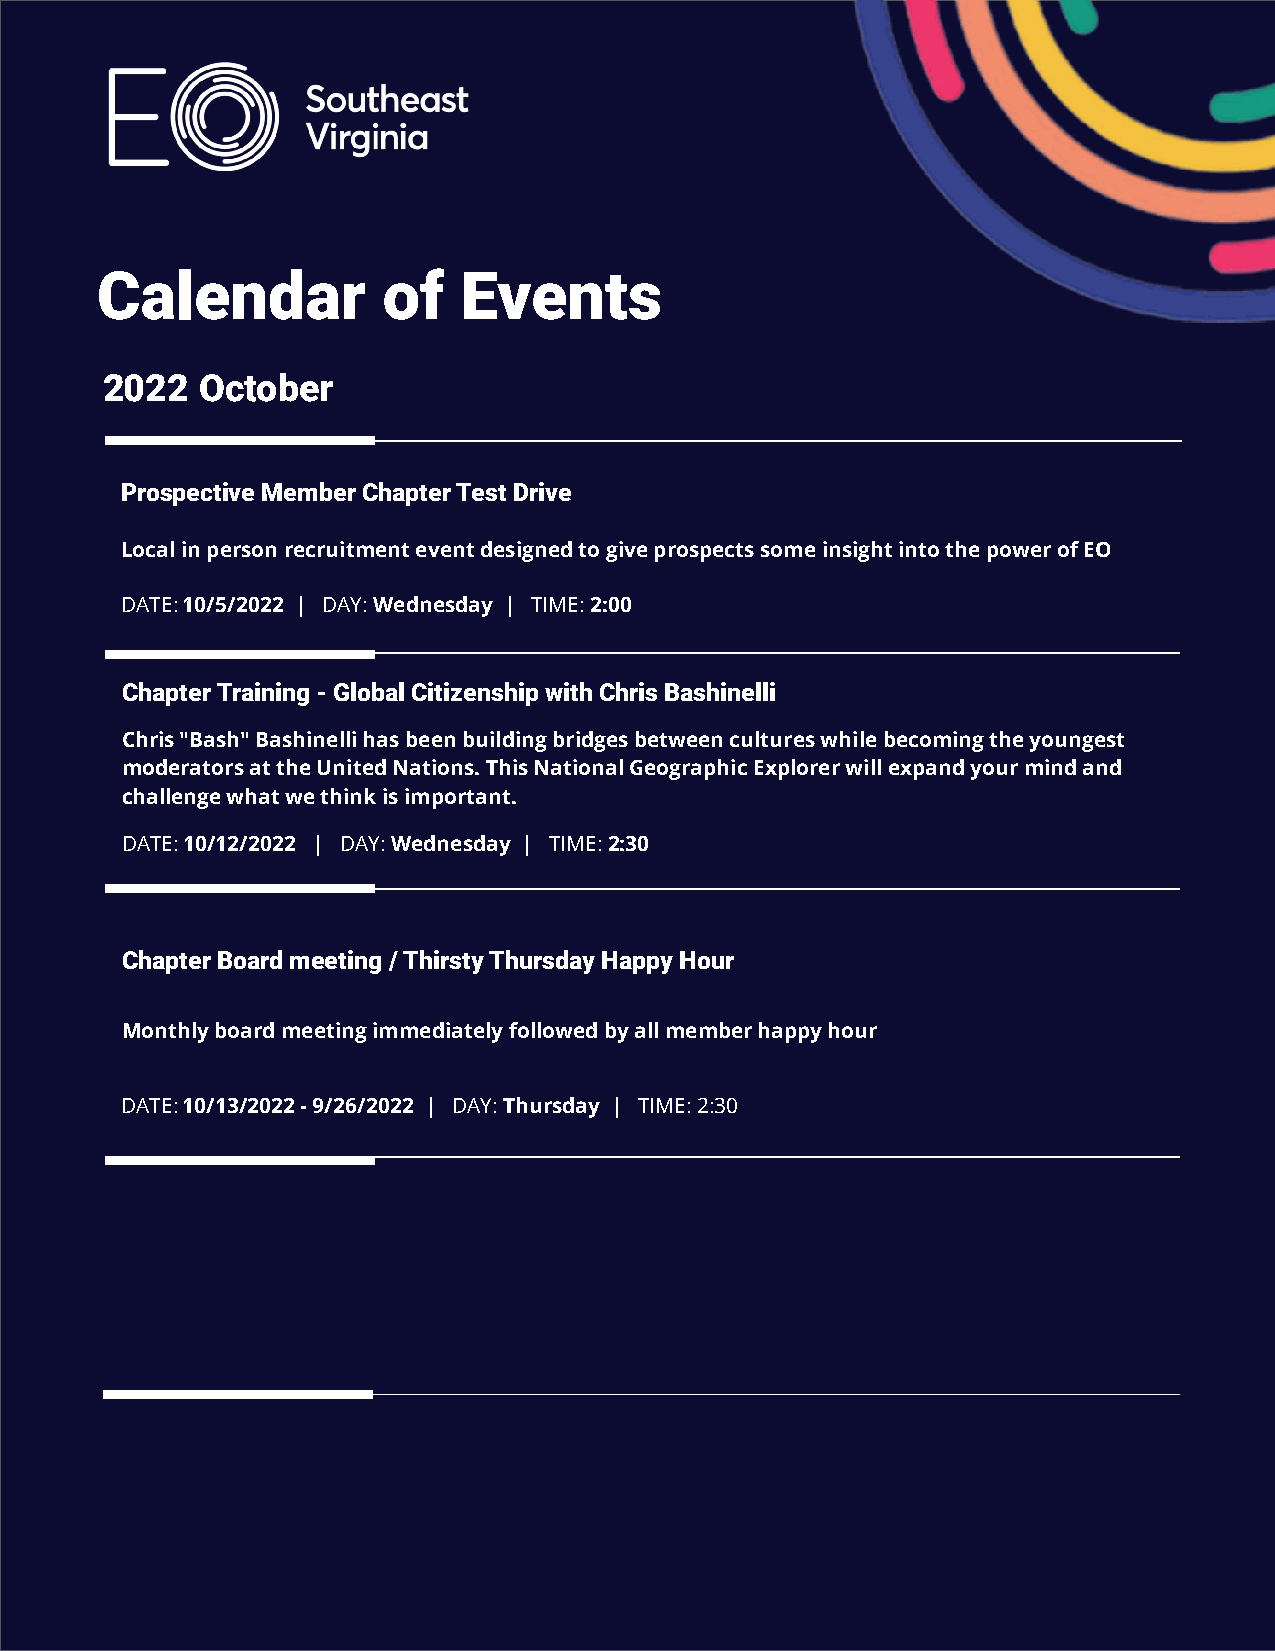
Calendar           of    Events
 2022  October
 Prospective Member Chapter Test Drive
 Local in person recruitment event designed to give prospects some insight into the power of EO
 DATE: 10/5/2022 | DAY: Wednesday | TIME: 2:00
 Chapter Training - Global Citizenship with Chris Bashinelli
 Chris "Bash" Bashinelli has been building bridges between cultures while becoming the youngest
 moderators at the United Nations. This National Geographic Explorer will expand your mind and
 challenge what we think is important.
 DATE: 10/12/2022 | DAY: Wednesday | TIME: 2:30
 Chapter Board meeting / Thirsty Thursday Happy Hour
 Monthly board meeting immediately followed by all member happy hour
 DATE: 10/13/2022 - 9/26/2022 | DAY: Thursday | TIME: 2:30